Civil Veterinary Dept. Bombay admin report 1923-31 - 1923-1931
Year: 1923
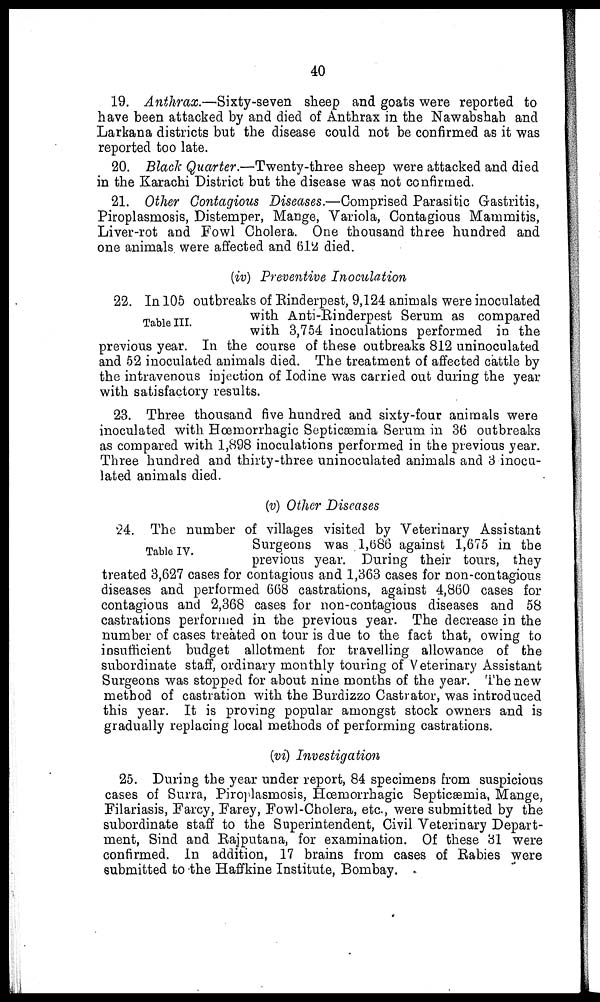
40
19. Anthrax.—Sixty-seven
sheep and goats were reported to
have been attacked by and died of Anthrax in the Nawabshah and
Larkana districts but the disease could not be confirmed as it was
reported too late.
20. Black Quarter.—Twenty-three sheep were attacked and died
in the Karachi District but the disease was not confirmed.
21. Other Contagious Diseases.—Comprised Parasitic Gastritis,
Piroplasmosis, Distemper, Mange, Variola, Contagious Mammitis,
Liver-rot and Fowl Cholera. One thousand three hundred and
one animals were affected and 612 died.
(iv) Preventive Inoculation
Table III.
22. In 105 outbreaks of Rinderpest, 9,124 animals were inoculated
with Anti-Rinderpest Serum as compared
with 3,754 inoculations performed in the
previous year. In the course of these outbreaks 812 uninoculated
and 52 inoculated animals died. The treatment of affected cattle by
the intravenous injection of Iodine was carried out during the year
with satisfactory results.
23. Three thousand five hundred and sixty-four animals were
inoculated with Hœmorrhagic Septicæmia Serum in 36 outbreaks
as compared with 1,898 inoculations performed in the previous year.
Three hundred and thirty-three uninoculated animals and 3 inocu-
lated animals died.
(v) Other Diseases
Table IV.
24. The number of villages visited by Veterinary Assistant
Surgeons was 1,686 against 1,675 in the
previous year. During their tours, they
treated 3,627 cases for contagious and 1,363 cases for non-contagious
diseases and performed 668 castrations, against 4,860 cases for
contagious and 2,368 cases for non-contagious diseases and 58
castrations performed in the previous year. The decrease in the
number of cases treated on tour is due to the fact that, owing to
insufficient budget allotment for travelling allowance of the
subordinate staff, ordinary monthly touring of Veterinary Assistant
Surgeons was stopped for about nine months of the year. The new
method of castration with the Burdizzo Castrator, was introduced
this year. It is proving popular amongst stock owners and is
gradually replacing local methods of performing castrations.
(vi) Investigation
25. During the year under report, 84 specimens from suspicious
cases of Surra, Piroplasmosis, Hæmorrhagic Septicæmia, Mange,
Filariasis, Farcy, Farey, Fowl-Cholera, etc., were submitted by the
subordinate staff to the Superintendent, Civil Veterinary Depart-
ment, Sind and Rajnutana, for examination. Of these 31 were
confirmed. In addition, 17 brains from cases of Rabies were
submitted to the Haffkine Institute, Bombay.